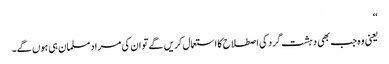
‘‘
یعنی وہ جب بھی دہشت گرد کی اصطلاح کا استعمال کریں گے تو ان کی مراد مسلمان ہی ہوں گے۔